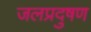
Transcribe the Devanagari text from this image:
जलप्रदुषण